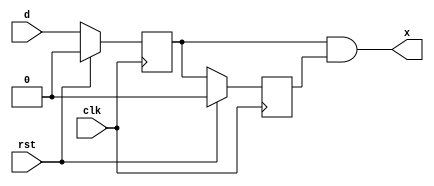
`timescale 1ns / 1ps
//////////////////////////////////////////////////////////////////////////////////
// Company: 
// Engineer: 
// 
// Design Name: 
// Module Name: dff_microarchitecture
// Project Name: 
// Target Devices: 
// Tool Versions: 
// Description: 
// 
// Dependencies: 
// 
// Revision:
// Revision 0.01 - File Created
// Additional Comments:
// 
//////////////////////////////////////////////////////////////////////////////////


module dff_microarchitecture(
    input d,
    input clk,
    input rst,
    output x

    );
    
    reg q1, q2;
    
    // First dff
    always@(posedge clk)
    begin
        if(rst == 1)
        begin
            q1 <= 0;
        end
        else
        begin
            q1 <= d;
        end 
    end 
    
    // Second dff
    always@(posedge clk)
    begin
        if(rst == 1)
        begin
            q2 <= 0;
        end
        else
        begin
            q2 <= q1;
        end 
    end 
    
    // and gate
    assign x = q1 & q2;
    
endmodule